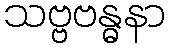
သဗ္ဗဗန္ဓနာ